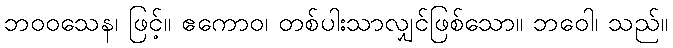
ဘဝဝသေန၊ ဖြင့်။ ဧကောဝ၊ တစ်ပါးသာလျှင်ဖြစ်သော။ ဘဝေါ၊ သည်။